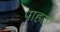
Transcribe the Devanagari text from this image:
पाहतं